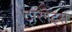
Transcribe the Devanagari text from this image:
टारगेट्स